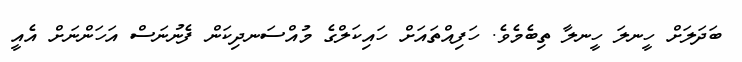
ބަދަލަށް ހީނލަ ހީނލާ ތިބެމެވެ. ހަފިއްތައަށް ހައިކަލްގެ މުއްސަނދިކަން ފެނުނަސް އަހަންނަށް އެއީ